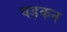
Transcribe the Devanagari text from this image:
घड़कन